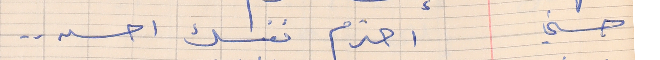
حسني   احترم نفسك احسن . .